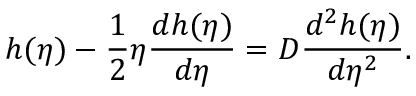
h ( \eta ) - \frac { 1 } { 2 } \eta \frac { d h ( \eta ) } { d \eta } = D \frac { d ^ { 2 } h ( \eta ) } { d \eta ^ { 2 } } .